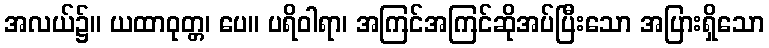
အလယ်၌။ ယထာဝုတ္တ၊ ပေ။ ပရိဝါရာ၊ အကြင်အကြင်ဆိုအပ်ပြီးသော အပြားရှိသော